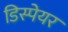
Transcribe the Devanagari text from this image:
डिस्पेयर